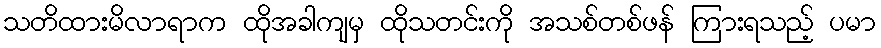
သတိထားမိလာရာက ထိုအခါကျမှ ထိုသတင်းကို အသစ်တစ်ဖန် ကြားရသည့် ပမာ